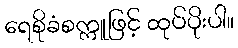
ရေစိုခံစက္ကူဖြင့် ထုပ်ပိုးပါ။